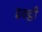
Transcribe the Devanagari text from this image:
इक्ट्ठी